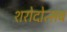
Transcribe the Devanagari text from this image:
शरोदोत्सब